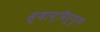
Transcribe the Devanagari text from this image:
स्यान्निर्गुणः